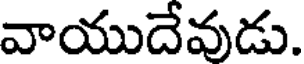
వాయుదేవుడు.